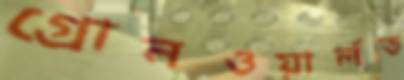
গ্রোনওয়ার্লড